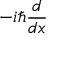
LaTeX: - i \hbar { \frac { d } { d x } }